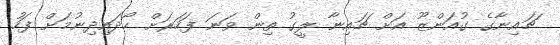
ޗައިނާގެ ގުއަންޒޫ އަށް ޗައިނާ ލީގު ތިން ވަނަ ފަހަރަށް ހޯދައިދިނުމަށް ފަހު